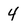
Character: 4